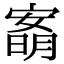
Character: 𡪙